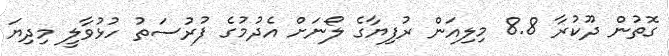
ގޮތުން ދޫކުރާ 8.8 މިލިއަން ރުފިޔާގެ ލޯނަށް އެދުމުގެ ފުރުސަތު ހުޅުވާލީ މިދިޔަ